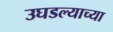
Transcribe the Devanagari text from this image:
उघडल्याच्या